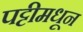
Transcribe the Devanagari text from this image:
पट्टीमधून